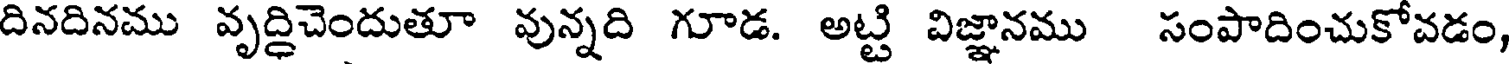
దినదినము వృద్దిచెందుతూ వున్నది గూడ. అట్టి విజ్ఞానము సంపాదించుకోవడం,